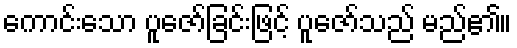
ကောင်းသော ပူဇော်ခြင်းဖြင့် ပူဇော်သည် မည်၏။